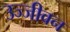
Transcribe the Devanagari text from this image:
उज्जीवन